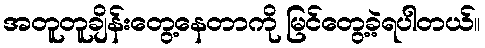
အတူတူချိန်းတွေ့နေတာကို မြင်တွေ့ခဲ့ရပါတယ်။